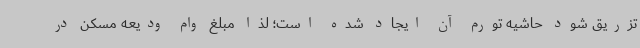
تزریق شود حاشیه تورم آن ایجاد شده است؛ لذا مبلغ وام ودیعه مسکن در